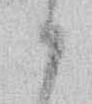
か